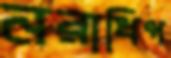
নরাধিপ